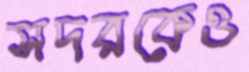
সদরকেও